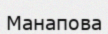
Манапова